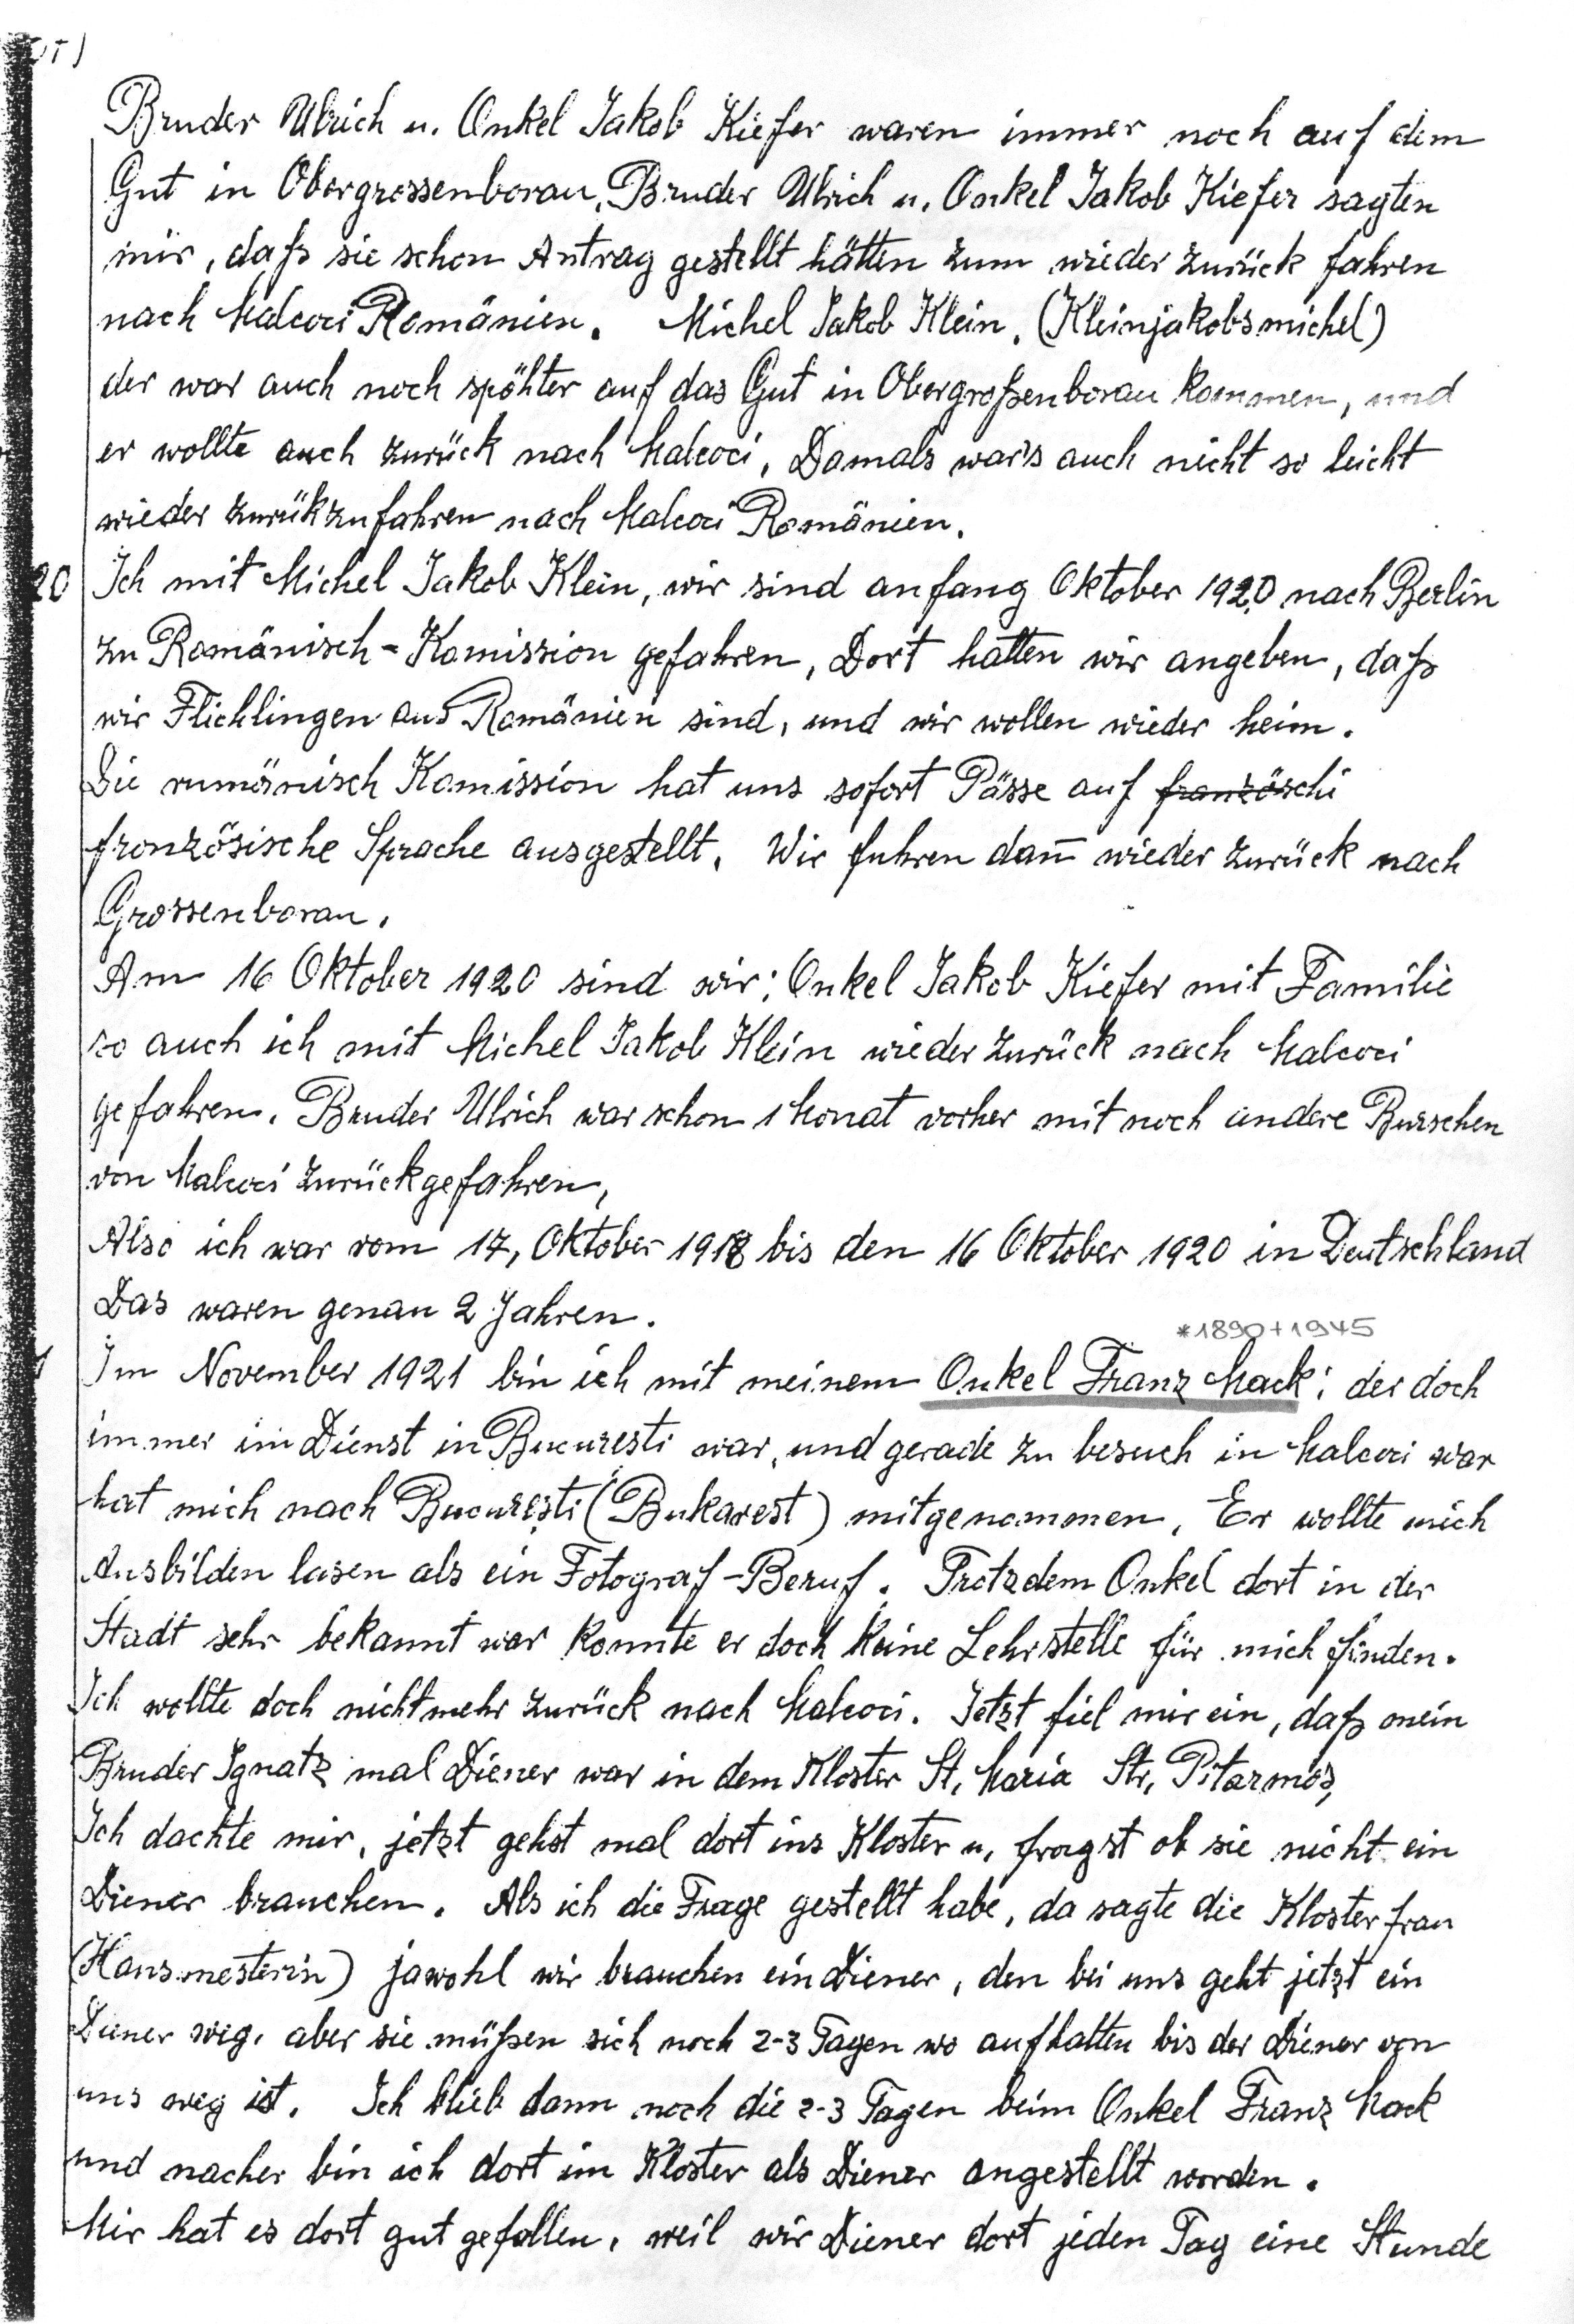
Bruder Ulrich u. Onkel Jakob Kiefer waren immer noch auf dem
Gut in Obergrossenborau. Bruder Ulrich und Onkel Jakob Kiefer sagten
mir, daß sie schon Antrag getellt hätten zum wieder zurück fahren
nach Malcoci Romänien. Michel Jakob Klein (Kleinjakobsmichel)
der war auch noch spähter auf das Gut in Obergroßenborau kommen, und
er wollte auch zurück nach malcoci. Damals wars auch nicht so leicht
wieder zurückzufahren nach Malcoci Romänien.
Ich mit Michel Jakob Klein, wir sind anfang Oktober 1920 nach Berlin
zu Romänisch-Komission gefahre. Dort hatten wir angeben, daß
wir Flüchtlinge aus Romänien sind, und wir wollen wieder heim.
Die rumänich Komission hat uns sofort Pässe auf französischi
französische Sprache ausgestellt. Wir fuhren dann wieder zurück nach
Grossenborau.
Am 16 Oktober 1920 sind wir : Onkel Jakob Kiefer mit Familie
so auch ich mit Michel Jakob Klein wieder zurück nach Malcoci
gefahren. Bruder Ulrich war schon 1 Monat vorher mit noch andere Burschen
von Malcoci zurückgefahren.
Also ich war vom 17. Oktober 1918 bis den 16 Oktober 1929 in Deutschland
Das waren genau 2 Jahren.
Im Novemebr 1921bin ich mit meinem Onkel Franz Mack der doch
immer im Dienst in Bucuresti (Bukarest) mitgenommen. Er wollte mich
Ausbilden lassen als ein Fotograf - Beruf. Trotzdem Onkel dort  in der

Stadt sehr bekannt war konnte er dort keine Lehrstelle für mich finden.
Ich wollte doch nicht mehr zurück nach Malcoci. Jetzt fiel mir ein, daß mein
Bruder Ignaz mal Diener war in dem Kloster St. Maria Str. Pitarmos.
Ich dachte mir. jetzt gehst mal dort ins Kloster u. fragst ob sie nicht ein
Diener brauchen. Als ich die Frage gestellt habe, da sagte die Klosterfrau
(Hausmeisterin) jawohl wir brauchen ein Diener, den bei uns geht jetzt ein
Diener weg, aber sie müssen sich noch 2-3 Tagen wo aufhalten bis der Diener von
uns weg ist. Ich blieb dann noch die 2-3 Tagen beim Onkel Franz Mack
und nacher bin ich dort im Kloster als Diener angestellt worden.
Mir hat es dort gut gefallen, weil wir Diener dort jeden tag eine Stunde